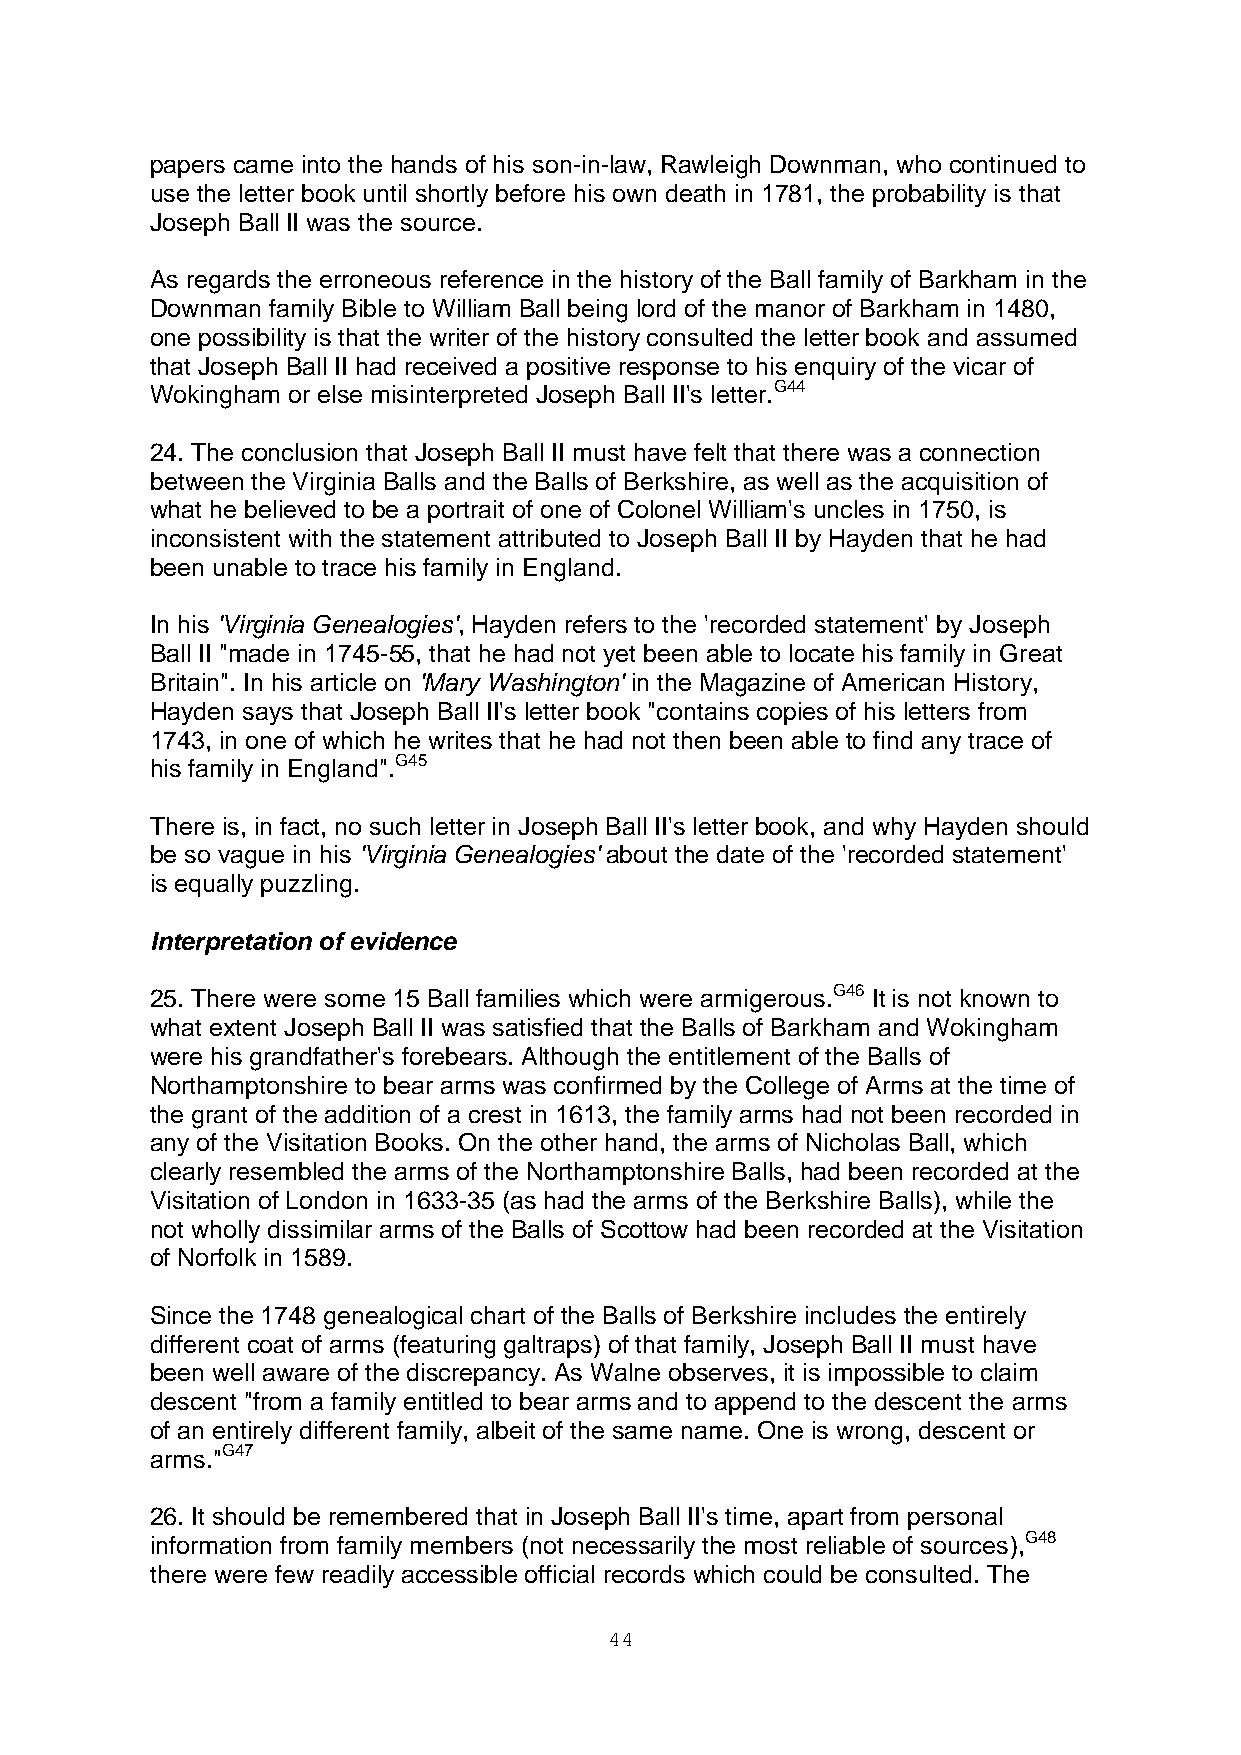
papers came into the hands of his son-in-law, Rawleigh Downman, who continued to
 use the letter book until shortly before his own death in 1781, the probability is that
 Joseph Ball II was the source.
 As regards the erroneous reference in the history of the Ball family of Barkham in the
 Downman family Bible to William Ball being lord of the manor of Barkham in 1480,
 one possibility is that the writer of the history consulted the letter book and assumed
 that Joseph Ball II had received a positive response to his enquiry of the vicar of
 Wokingham or else misinterpreted Joseph Ball II's letter.G44
 24. The conclusion that Joseph Ball II must have felt that there was a connection
 between the Virginia Balls and the Balls of Berkshire, as well as the acquisition of
 what he believed to be a portrait of one of Colonel William's uncles in 1750, is
 inconsistent with the statement attributed to Joseph Ball II by Hayden that he had
 been unable to trace his family in England.
 In his 'Virginia Genealogies', Hayden refers to the 'recorded statement' by Joseph
 Ball II "made in 1745-55, that he had not yet been able to locate his family in Great
 Britain". In his article on 'Mary Washington' in the Magazine of American History,
 Hayden says that Joseph Ball II's letter book "contains copies of his letters from
 1743, in one of which he writes that he had not then been able to find any trace of
 his family in England".G45
 There is, in fact, no such letter in Joseph Ball II's letter book, and why Hayden should
 be so vague in his 'Virginia Genealogies' about the date of the 'recorded statement'
 is equally puzzling.
 Interpretation of evidence
 25. There were some 15 Ball families which were armigerous.G46 It is not known to
 what extent Joseph Ball II was satisfied that the Balls of Barkham and Wokingham
 were his grandfather's forebears. Although the entitlement of the Balls of
 Northamptonshire to bear arms was confirmed by the College of Arms at the time of
 the grant of the addition of a crest in 1613, the family arms had not been recorded in
 any of the Visitation Books. On the other hand, the arms of Nicholas Ball, which
 clearly resembled the arms of the Northamptonshire Balls, had been recorded at the
 Visitation of London in 1633-35 (as had the arms of the Berkshire Balls), while the
 not wholly dissimilar arms of the Balls of Scottow had been recorded at the Visitation
 of Norfolk in 1589.
 Since the 1748 genealogical chart of the Balls of Berkshire includes the entirely
 different coat of arms (featuring galtraps) of that family, Joseph Ball II must have
 been well aware of the discrepancy. As Walne observes, it is impossible to claim
 descent "from a family entitled to bear arms and to append to the descent the arms
 of an entirely different family, albeit of the same name. One is wrong, descent or
 arms."G47
 26. It should be remembered that in Joseph Ball II's time, apart from personal
 information from family members (not necessarily the most reliable of sources),G48
 there were few readily accessible official records which could be consulted. The
 44